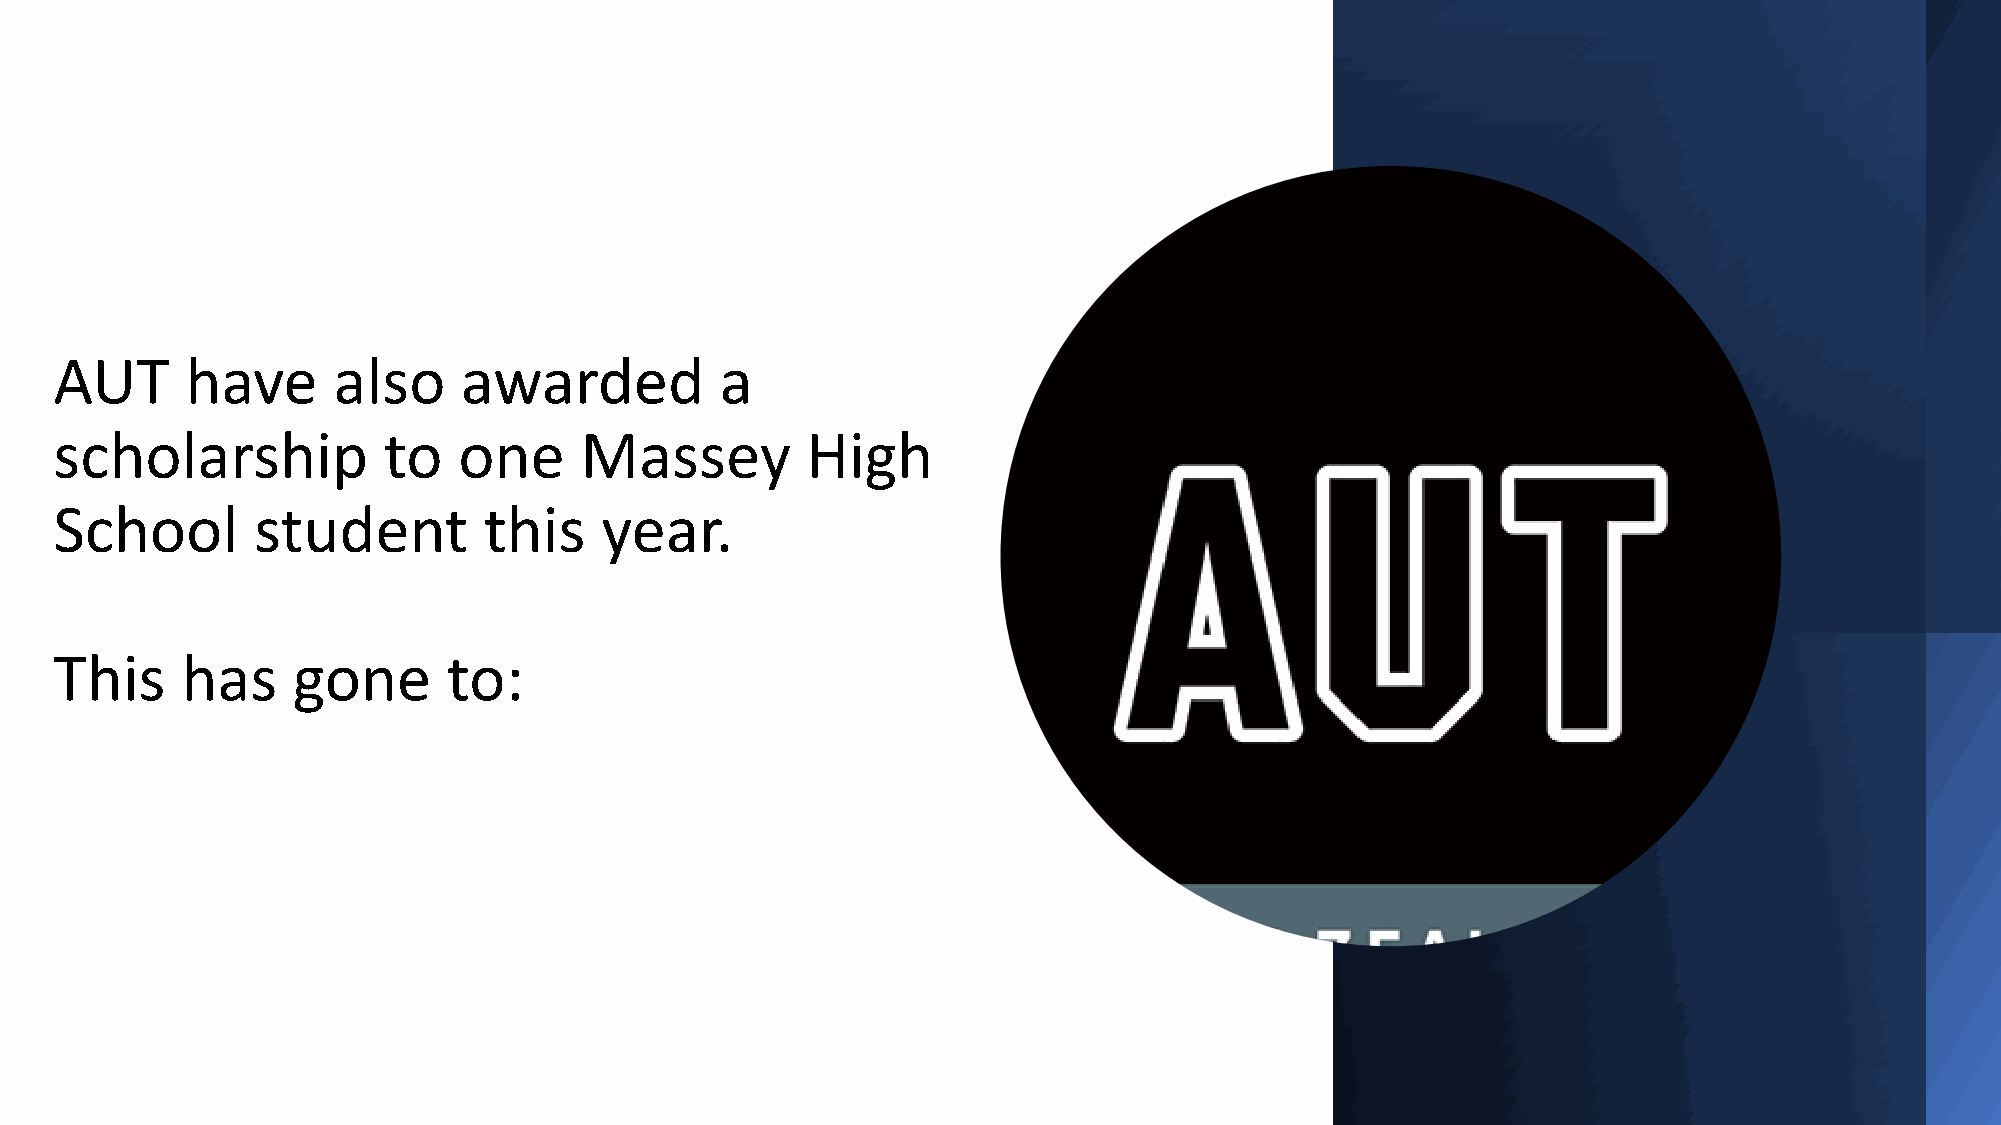
AUT     have      also    awarded           a
 scholarship          to   one     Massey         High
 School       student        this    year.
 This    has    gone       to: